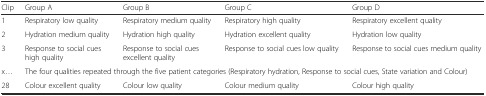
<table><thead><tr><td><b>Clip</b></td><td><b>Group A</b></td><td><b>Group B</b></td><td><b>Group C</b></td><td><b>Group D</b></td></tr></thead><tbody><tr><td>1</td><td>Respiratory low quality</td><td>Respiratory medium quality</td><td>Respiratory high quality</td><td>Respiratory excellent quality</td></tr><tr><td>2</td><td>Hydration medium quality</td><td>Hydration high quality</td><td>Hydration excellent quality</td><td>Hydration low quality</td></tr><tr><td>3</td><td>Response to social cues high quality</td><td>Response to social cues excellent quality</td><td>Response to social cues low quality</td><td>Response to social cues medium quality</td></tr><tr><td>x...</td><td colspan="4">The four qualities repeated through the five patient categories (Respiratory hydration, Response to social cues, State variation and Colour)</td></tr><tr><td>28</td><td>Colour excellent quality</td><td>Colour low quality</td><td>Colour medium quality</td><td>Colour high quality</td></tr></tbody></table>